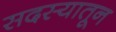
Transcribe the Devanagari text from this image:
सदस्यातून